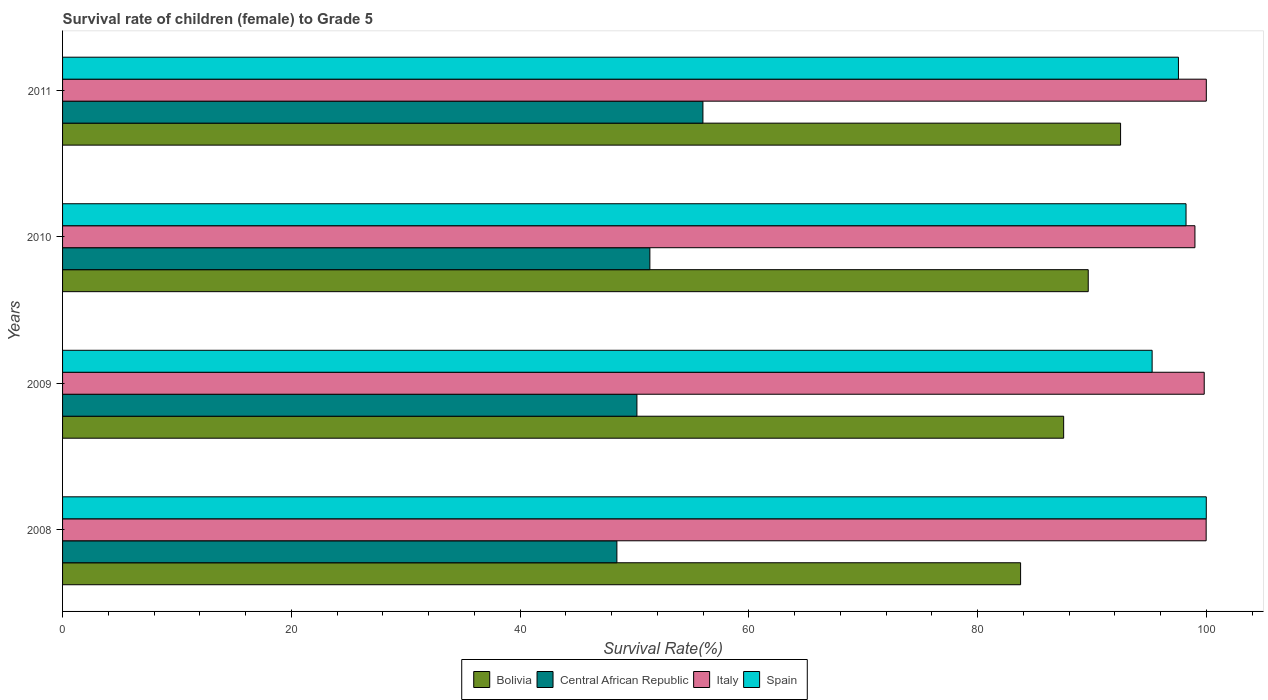
| Years | Bolivia | Central African Republic | Italy | Spain |
 | --- | --- | --- | --- | --- |
 | 2008 | 83.8 | 48.5 | 100 | 100 |
 | 2009 | 87.5 | 50.2 | 99.8 | 95.3 |
 | 2010 | 89.7 | 51.4 | 99 | 98.2 |
 | 2011 | 92.5 | 56 | 100 | 97.6 |